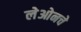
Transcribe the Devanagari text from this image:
लेओनचे